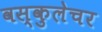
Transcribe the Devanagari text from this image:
वस्कुलेचर